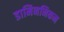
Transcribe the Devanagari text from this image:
डामिननिकन